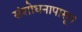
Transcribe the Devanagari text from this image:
संशोधनापासून